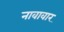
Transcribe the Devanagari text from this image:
नावावार